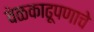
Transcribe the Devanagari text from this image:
वेळकाढूपणाचे